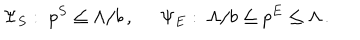
\Psi _ { S } : \; p ^ { S } \leq \Lambda / b \, , \; \; \Psi _ { E } : \; \Lambda / b \leq p ^ { E } \leq \Lambda \, .